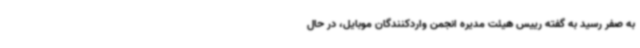
به صفر رسید به گفته رییس هیئت مدیره انجمن واردکنندگان موبایل، در حال